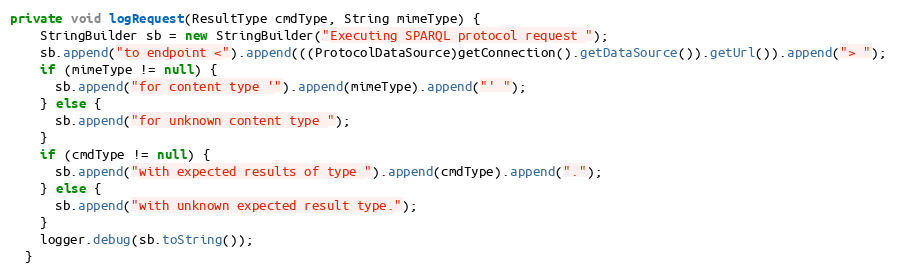
Language: Java
private void logRequest(ResultType cmdType, String mimeType) {
    StringBuilder sb = new StringBuilder("Executing SPARQL protocol request ");
    sb.append("to endpoint <").append(((ProtocolDataSource)getConnection().getDataSource()).getUrl()).append("> ");
    if (mimeType != null) {
      sb.append("for content type '").append(mimeType).append("' ");
    } else {
      sb.append("for unknown content type ");
    }
    if (cmdType != null) {
      sb.append("with expected results of type ").append(cmdType).append(".");
    } else {
      sb.append("with unknown expected result type.");
    }
    logger.debug(sb.toString());
  }